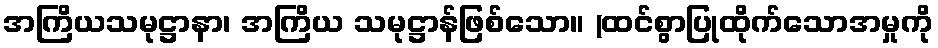
အကြိယသမုဋ္ဌာနာ၊ အကြိယ သမုဋ္ဌာန်ဖြစ်သော။ (ထင်စွာပြုထိုက်သောအမှုကို